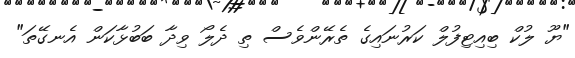
"ޔޫ ލުކް ބިއިޓިފުލް ކަރުނައިގެ ތެރޭންވެސް ތި ދެލޯ ވިދާ ބަބުޅާކަން އެނގޭތަ"